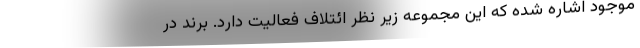
موجود اشاره شده که این مجموعه زیر نظر ائتلاف فعالیت دارد. برند در